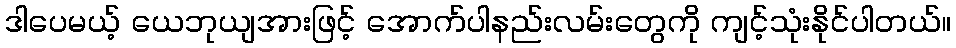
ဒါပေမယ့် ယေဘုယျအားဖြင့် အောက်ပါနည်းလမ်းတွေကို ကျင့်သုံးနိုင်ပါတယ်။